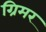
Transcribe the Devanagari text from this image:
ग्रिमर